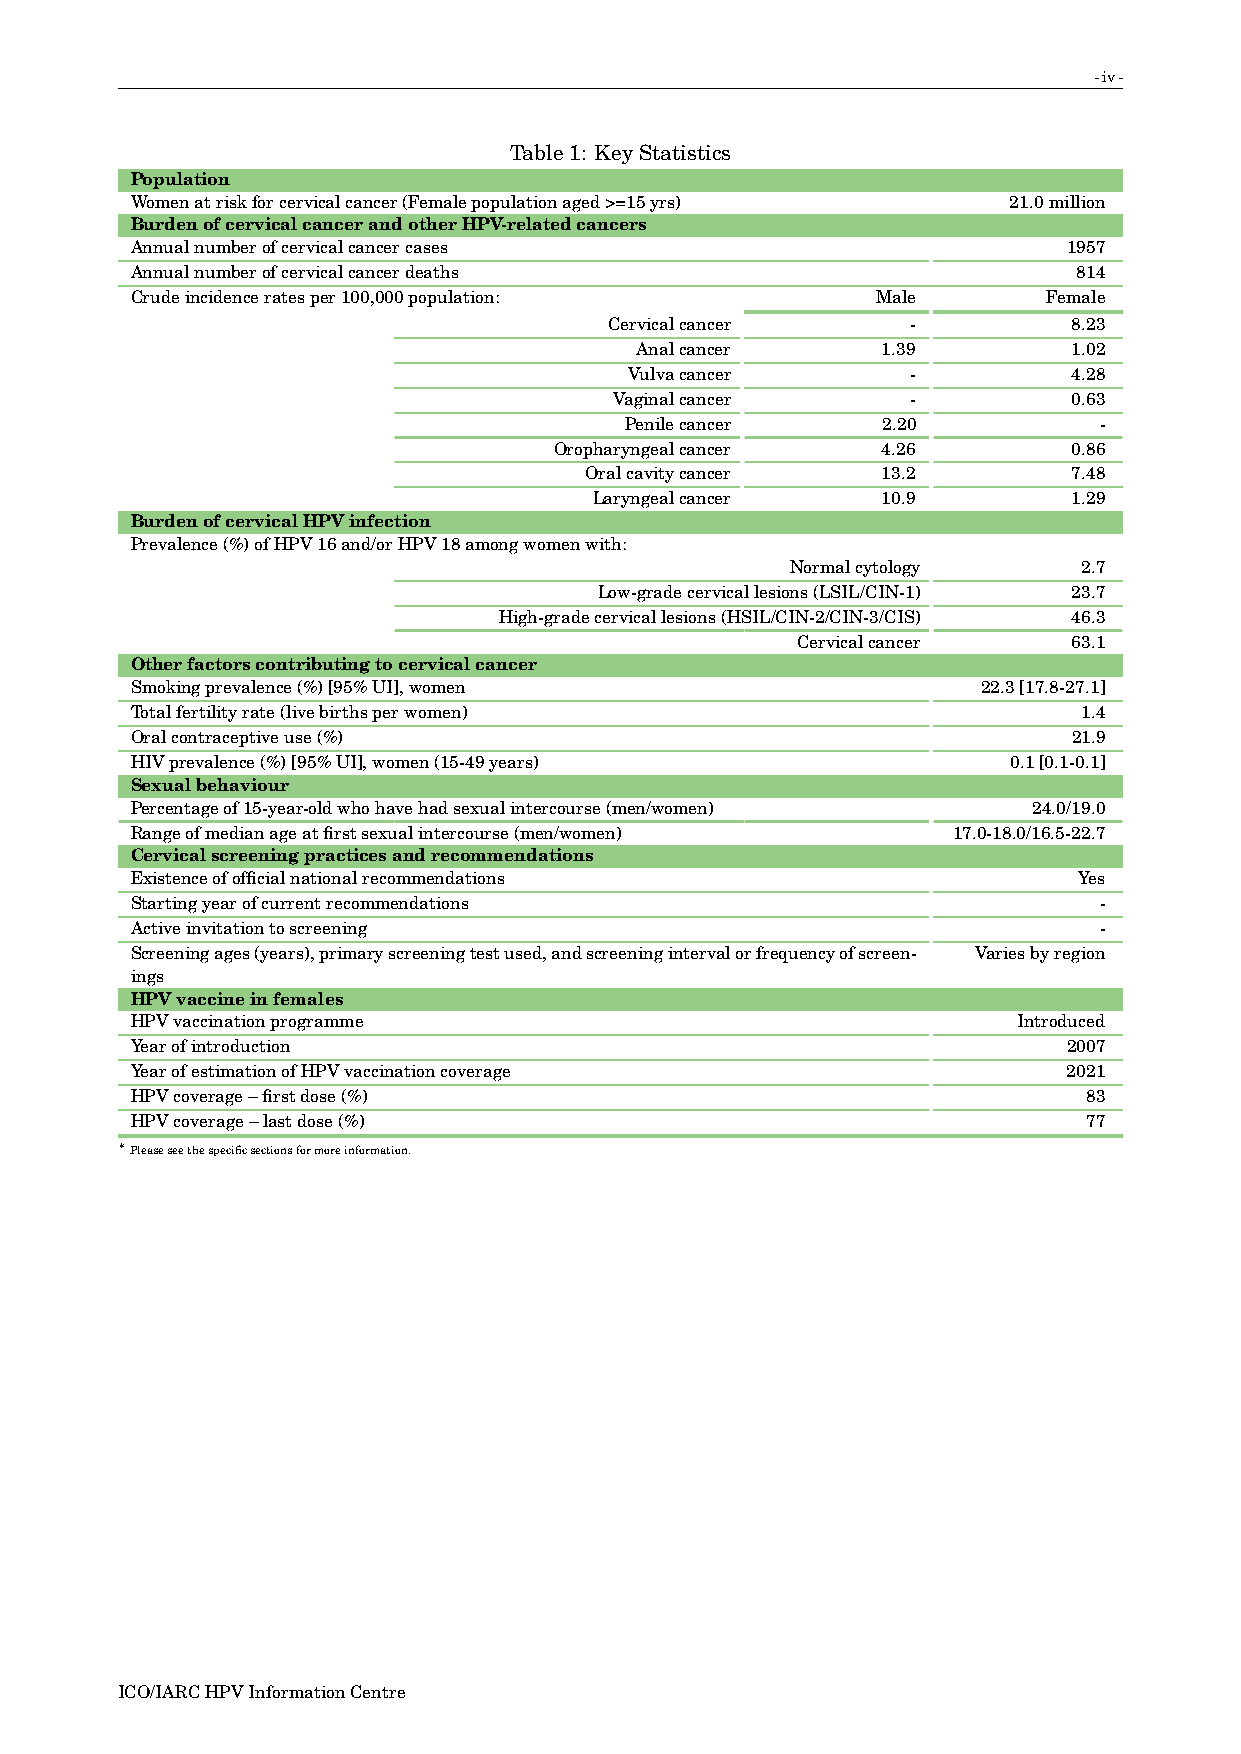
-iv-
 Table1: KeyStatistics
 Population
 Womenatriskforcervicalcancer(Femalepopulationaged>=15yrs) 21.0million
 BurdenofcervicalcancerandotherHPV-relatedcancers
 Annualnumberofcervicalcancercases                             1957
 Annualnumberofcervicalcancerdeaths                            814
 Crudeincidenceratesper100,000population:         Male       Female
 Cervicalcancer      -          8.23
 Analcancer      1.39         1.02
 Vulvacancer       -          4.28
 Vaginalcancer      -          0.63
 Penilecancer     2.20           -
 Oropharyngealcancer  4.26         0.86
 Oralcavitycancer   13.2         7.48
 Laryngealcancer    10.9         1.29
 BurdenofcervicalHPVinfection
 Prevalence(%)ofHPV16and/orHPV18amongwomenwith:
 Normalcytology      2.7
 Low-gradecervicallesions(LSIL/CIN-1) 23.7
 High-gradecervicallesions(HSIL/CIN-2/CIN-3/CIS) 46.3
 Cervicalcancer    63.1
 Otherfactorscontributingtocervicalcancer
 Smokingprevalence(%)[95%UI],women                       22.3[17.8-27.1]
 Totalfertilityrate(livebirthsperwomen)                         1.4
 Oralcontraceptiveuse(%)                                       21.9
 HIVprevalence(%)[95%UI],women(15-49years)                 0.1[0.1-0.1]
 Sexualbehaviour
 Percentageof15-year-oldwhohavehadsexualintercourse(men/women) 24.0/19.0
 Rangeofmedianageatfirstsexualintercourse(men/women)   17.0-18.0/16.5-22.7
 Cervicalscreeningpracticesandrecommendations
 Existenceofofficialnationalrecommendations                    Yes
 Startingyearofcurrentrecommendations                            -
 Activeinvitationtoscreening                                     -
 Screeningages(years),primaryscreeningtestused,andscreeningintervalorfrequencyofscreen- Variesbyregion
 ings
 HPVvaccineinfemales
 HPVvaccinationprogramme                                   Introduced
 Yearofintroduction                                            2007
 YearofestimationofHPVvaccinationcoverage                      2021
 HPVcoverage–firstdose(%)                                       83
 HPVcoverage–lastdose(%)                                        77
 ∗
 Pleaseseethespecificsectionsformoreinformation.
 ICO/IARCHPVInformationCentre